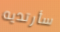
سأرتديه